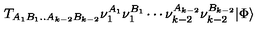
T _ { A _ { 1 } B _ { 1 } . . A _ { k - 2 } B _ { k - 2 } } \nu _ { 1 } ^ { A _ { 1 } } \nu _ { 1 } ^ { B _ { 1 } } \cdots \nu _ { k - 2 } ^ { A _ { k - 2 } } \nu _ { k - 2 } ^ { B _ { k - 2 } } \vert \Phi \rangle